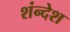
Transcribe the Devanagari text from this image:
शंन्देश